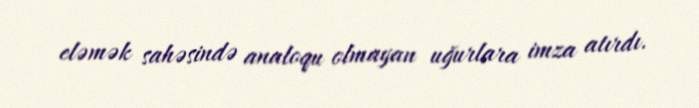
eləmək sahəsində analoqu olmayan uğurlara imza atırdı.